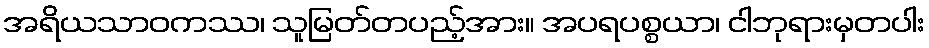
အရိယသာဝကဿ၊ သူမြတ်တပည့်အား။ အပရပစ္စယာ၊ ငါဘုရားမှတပါး